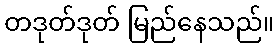
တဒုတ်ဒုတ် မြည်နေသည်။